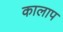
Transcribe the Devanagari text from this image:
कालाप